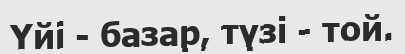
Үйі - базар, түзі - той.